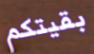
بقيتكم